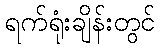
ရက်ရုံးချိန်းတွင်